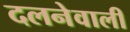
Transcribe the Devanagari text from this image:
दलनेवाली